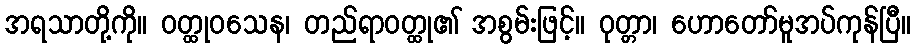
အရသာတို့ကို။ ဝတ္ထုဝသေန၊ တည်ရာဝတ္ထု၏ အစွမ်းဖြင့်။ ဝုတ္တာ၊ ဟောတော်မူအပ်ကုန်ပြီ။